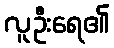
လူဦးရေ၏